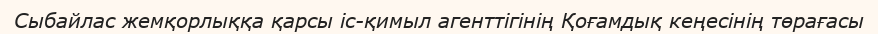
Сыбайлас жемқорлыққа қарсы іс-қимыл агенттігінің Қоғамдық кеңесінің төрағасы